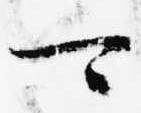
可